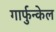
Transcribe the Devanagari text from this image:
गार्फुन्केल